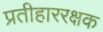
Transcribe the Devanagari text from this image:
प्रतीहाररक्षक